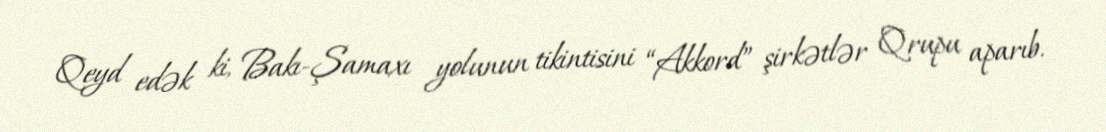
Qeyd edək ki, Bakı-Şamaxı yolunun tikintisini “Akkord” şirkətlər Qrupu aparıb.